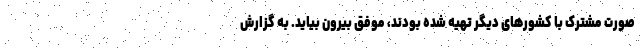
صورت مشترک با کشورهای دیگر تهیه شده بودند، موفق بیرون بیاید. به گزارش